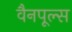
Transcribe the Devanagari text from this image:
वैनपूल्स